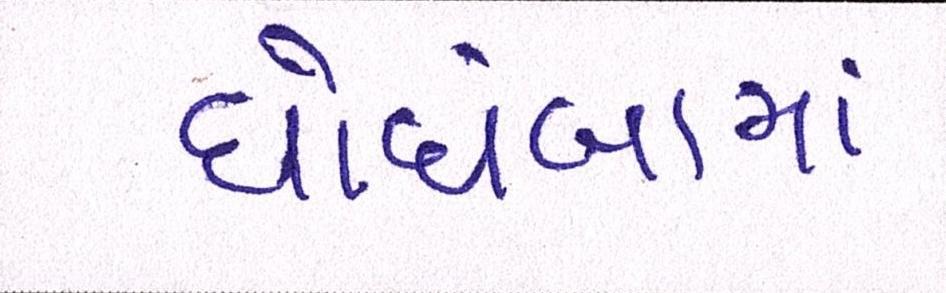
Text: ઘોઘંબામાં